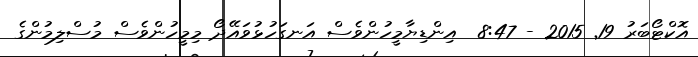
އޮކްޓޯބަރު 19